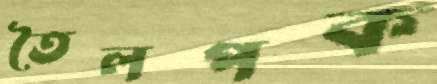
তৈলপক